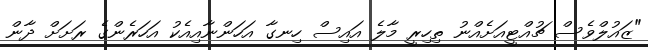
"ޒައުލްވެސް ޗުއްޓީއަށެއްނު ތިހިރީ މާލެ އައިސް ހިނގާ އަހަންނާއިއެކު އަހަރެންގެ ރަށަށް ދާން